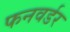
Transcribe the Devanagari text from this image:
फनवर्डर